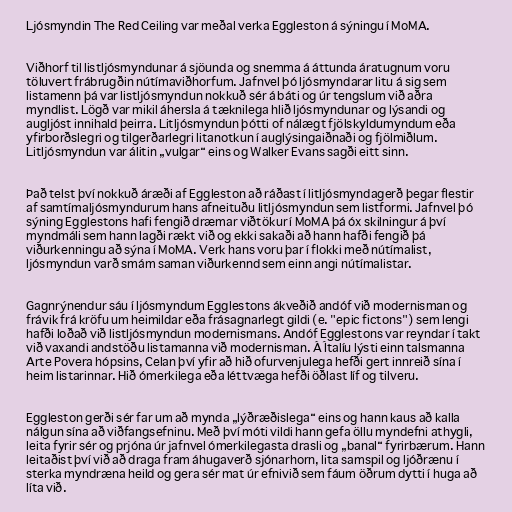
Ljósmyndin The Red Ceiling var meðal verka Eggleston á sýningu í MoMA.

Viðhorf til listljósmyndunar á sjöunda og snemma á áttunda áratugnum voru
töluvert frábrugðin nútímaviðhorfum. Jafnvel þó ljósmyndarar litu á sig sem
listamenn þá var listljósmyndun nokkuð sér á báti og úr tengslum við aðra
myndlist. Lögð var mikil áhersla á tæknilega hlið ljósmyndunar og lýsandi og
augljóst innihald þeirra. Litljósmyndun þótti of nálægt fjölskyldumyndum eða
yfirborðslegri og tilgerðarlegri litanotkun í auglýsingaiðnaði og fjölmiðlum.
Litljósmyndun var álitin „vulgar“ eins og Walker Evans sagði eitt sinn.

Það telst því nokkuð áræði af Eggleston að ráðast í litljósmyndagerð þegar flestir
af samtímaljósmyndurum hans afneituðu litljósmyndun sem listformi. Jafnvel þó
sýning Egglestons hafi fengið dræmar viðtökur í MoMA þá óx skilningur á því
myndmáli sem hann lagði rækt við og ekki sakaði að hann hafði fengið þá
viðurkenningu að sýna í MoMA. Verk hans voru þar í flokki með nútímalist,
ljósmyndun varð smám saman viðurkennd sem einn angi nútímalistar.

Gagnrýnendur sáu í ljósmyndum Egglestons ákveðið andóf við modernisman og
frávik frá kröfu um heimildar eða frásagnarlegt gildi (e. "epic fictons") sem lengi
hafði loðað við listljósmyndun modernismans. Andóf Egglestons var reyndar í takt
við vaxandi andstöðu listamanna við modernisman. Á Ítalíu lýsti einn talsmanna
Arte Povera hópsins, Celan því yfir að hið ofurvenjulega hefði gert innreið sína í
heim listarinnar. Hið ómerkilega eða léttvæga hefði öðlast líf og tilveru.

Eggleston gerði sér far um að mynda „lýðræðislega“ eins og hann kaus að kalla
nálgun sína að viðfangsefninu. Með því móti vildi hann gefa öllu myndefni athygli,
leita fyrir sér og prjóna úr jafnvel ómerkilegasta drasli og „banal“ fyrirbærum. Hann
leitaðist því við að draga fram áhugaverð sjónarhorn, lita samspil og ljóðrænu í
sterka myndræna heild og gera sér mat úr efnivið sem fáum öðrum dytti í huga að
líta við.